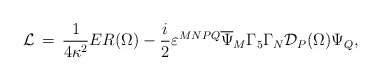
\begin{align*}{\cal L}\,=\,\frac{1}{4\kappa^2}ER(\Omega) -\frac{i}{2}\varepsilon^{MNPQ}\overline{\Psi}_M\Gamma_5\Gamma_N{\cal D}_P (\Omega)\Psi_Q,\end{align*}